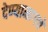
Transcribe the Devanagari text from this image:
देण्यामागचे